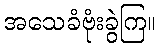
အသေခံဗုံးခွဲကြ။